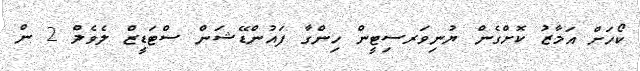
ކޯހަށް އަމާޒު ކޮށްގެން ޔުނިވަރސިޓީން ހިންގާ ފައުންޑޭޝަން ސްޓަޑީޒް ލެވެލް 2 ން